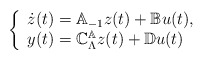
\begin{align*} \left\{ \begin{array}{ll} \dot{z}(t)=\mathbb{A}_{-1}z(t)+\mathbb{B}u(t), & \hbox{ } \\ y(t)=\mathbb{C}_\Lambda^\mathbb{A}z(t)+\mathbb{D}u(t) & \hbox{ } \end{array} \right.\end{align*}